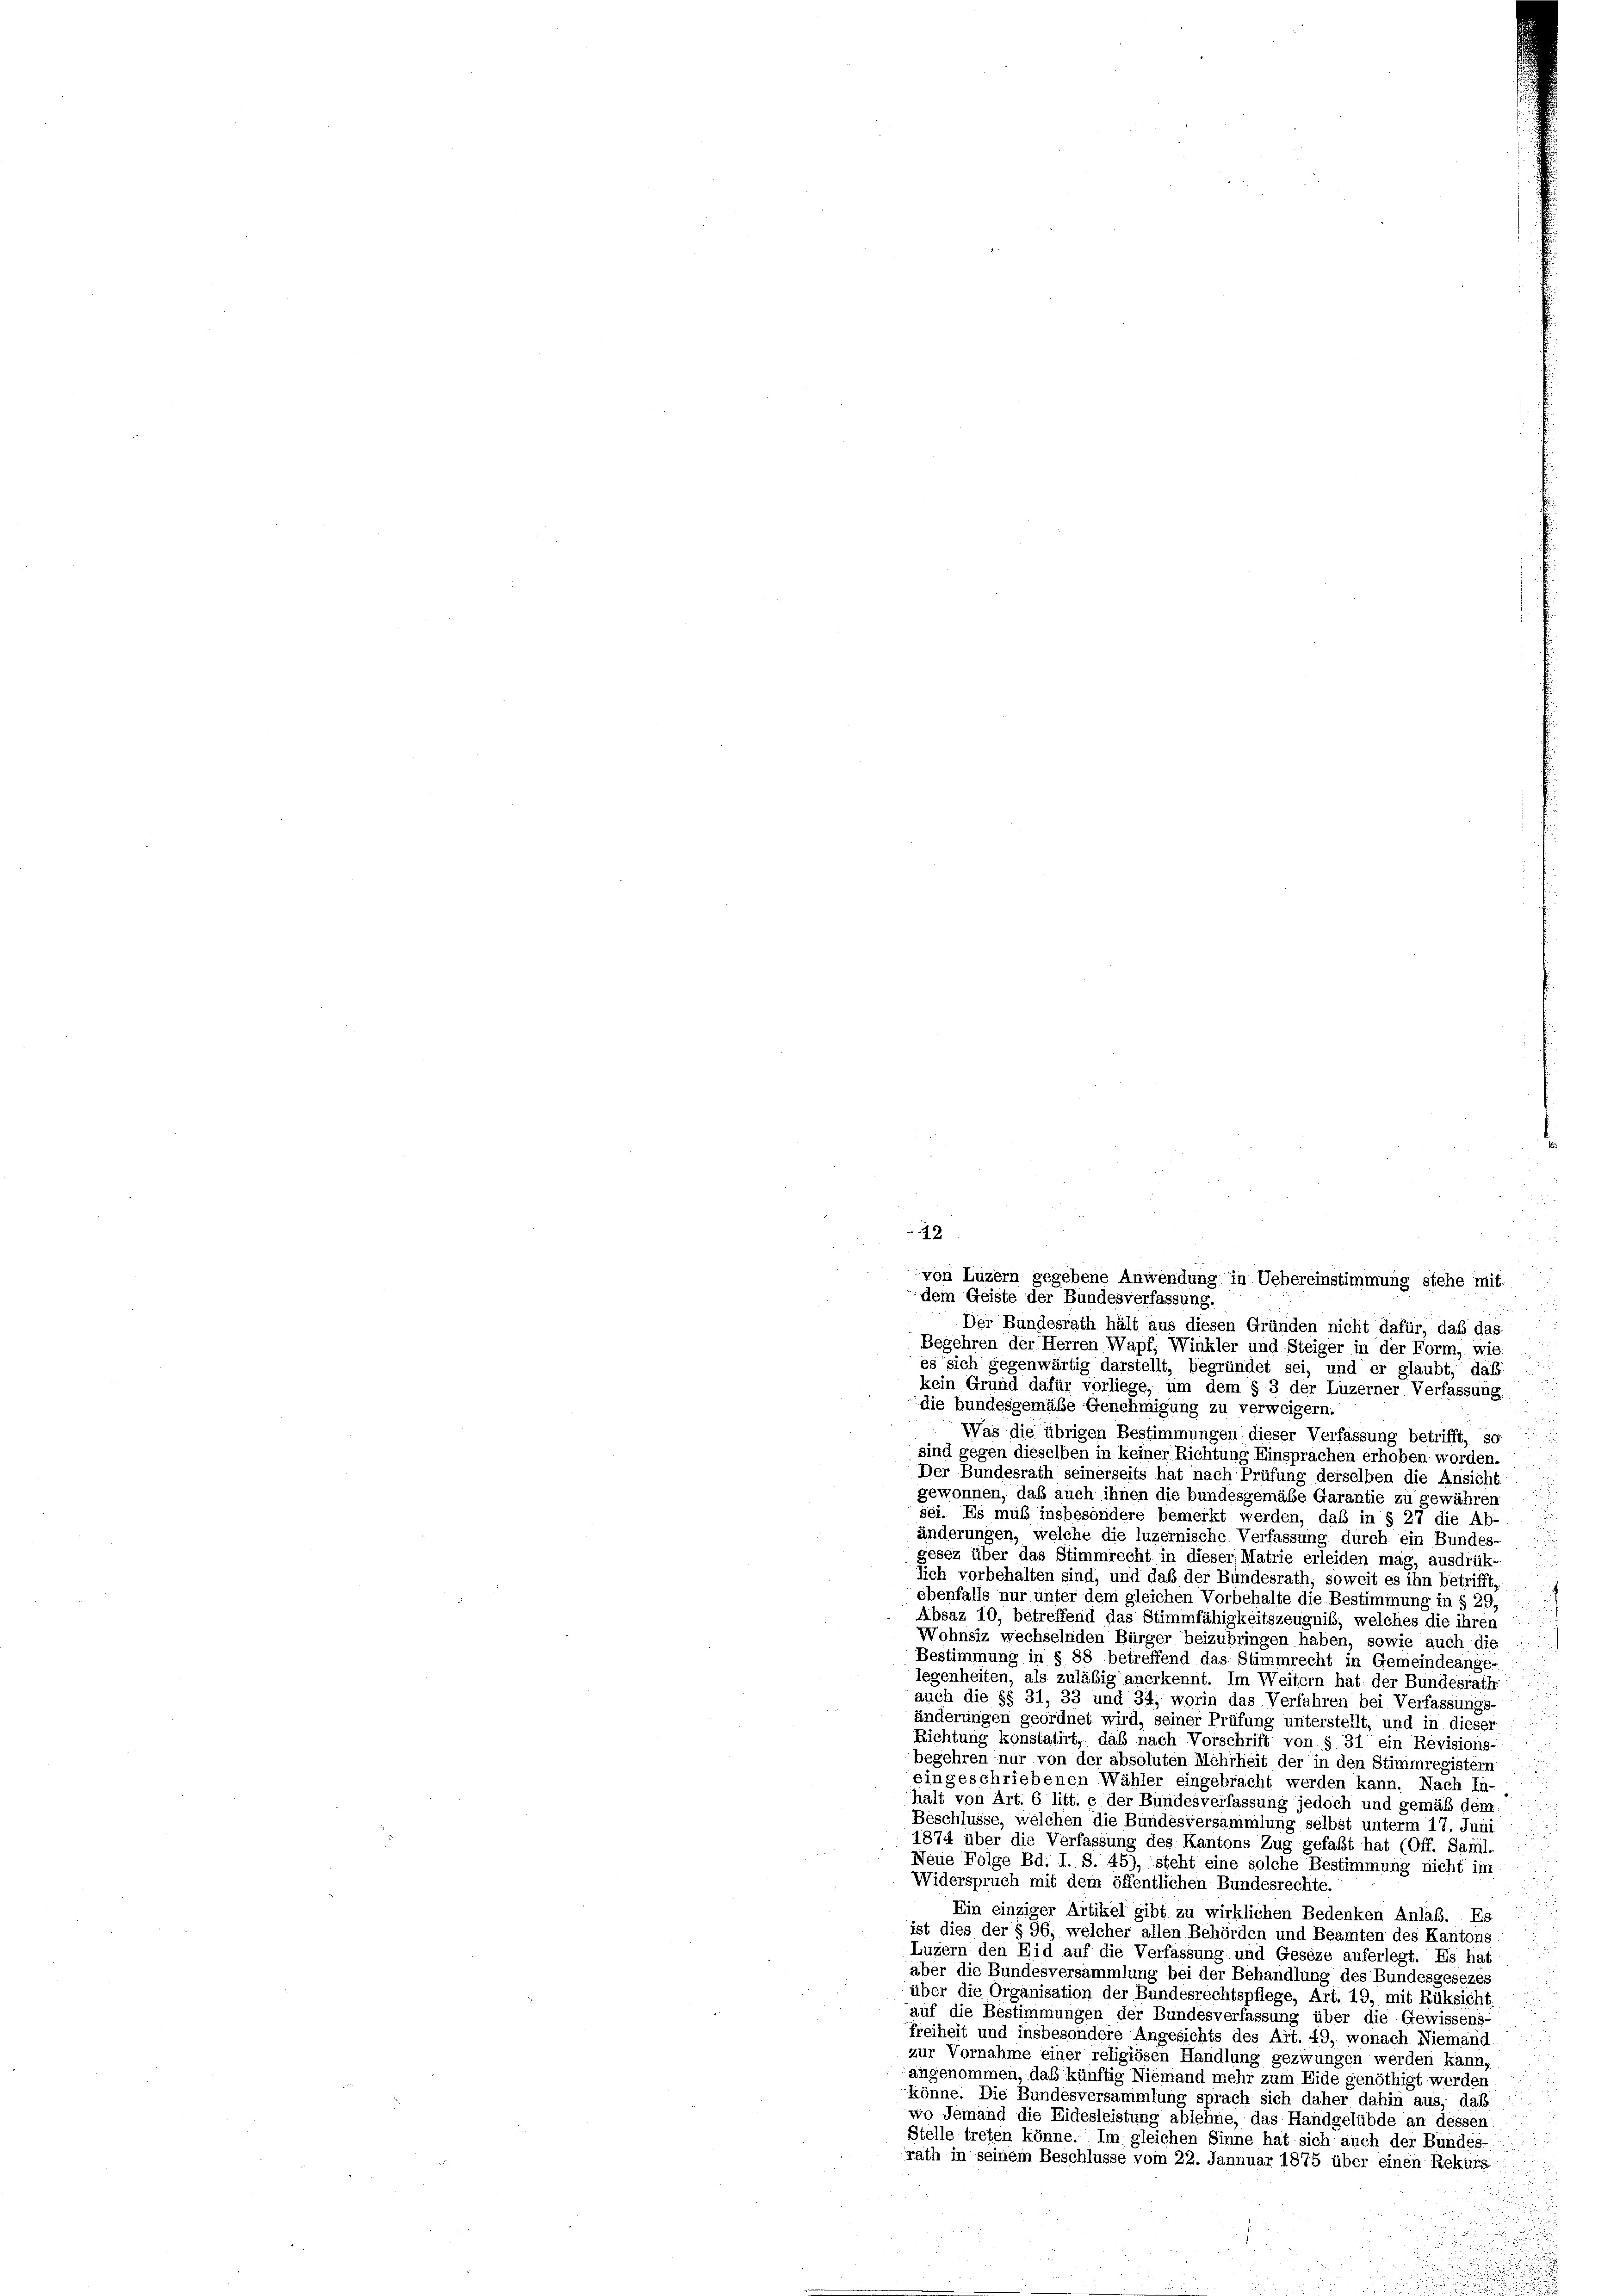
12

von Luzern gegebene Anwendung in Uebereinstimmung stehe mit
dem Geiste der Bundesverfassung.
Der Bundesrath hält aus diesen Gründen nicht dafür, daß das
Begehren der Herren Wapf, Winkler und Steiger in der Form, wie
es sich gegenwärtig darstellt, begründet sei, und er glaubt, das
kein Grund dafür vorliege, um dem § 3 der Luzerner Verfassung
die bundesgemäße Genehmigung zu verweigern.
Was die übrigen Bestimmungen dieser Verfassung betrifft, so
sind gegen dieselben in keiner Richtung Einsprachen erhoben worden.
Der Bundesrath seinerseits hat nach Prüfung derselben die Ansicht
ewonnen, daß auch ihnen die bundesgemäße Garantie zu gewährer
sei. Es muß insbesondere bemerkt werden, daß in § 27 die Ab-
änderungen, welche die luzernische Verfassung durch ein Bundes-
gesez über das Stimmrecht in dieser Matrie erleiden mag, ausdrük-
lich vorbehalten sind, und daß der Bundesrath, soweit es ihn betrifft,
ebenfalls nur unter dem gleichen Vorbehalte die Bestimmung in § 29,
Absaz 10, betreffend das Stimmfähigkeitszeugniß, welches die ihren
Wohnsiz wechselnden Bürger beizubringen haben, sowie auch die
Bestimmung in § 88 betreffend das Stimmrecht in Gemeindeange-
legenheiten, als zuläßig anerkennt. Im Weitern hat der Bundesrath
auch die §§ 31, 33 und 34, worin das Verfahren bei Verfassungs-
änderungen geordnet wird, seiner Prüfung unterstellt, und in dieser
Richtung konstatirt, daß nach Vorschrift von § 31 ein Revisions-
begehren nur von der absoluten Mehrheit der in den Stimmregistern
eingeschriebenen Wähler eingebracht werden kann. Nach In-
halt von Art. 6 litt. g der Bundesverfassung jedoch und gemäß dem
Beschlüsse, welchen die Bundesversammlung selbst unterm 17. Juni
1874 über die Verfassung des Kantons Zug gefaßt hat (Off. Sanl.
Neue Folge Bd. I. S. 45), steht eine solche Bestimmung nicht im
Widerspruch mit dem öffentlichen Bundesrechte.
Ein einziger Artikel gibt zu wirklichen Bedenken Anlaß. Es
ist dies der § 96, welcher allen Behörden und Beamten des Kantons
Luzern den Eid auf die Verfassung und Geseze auferlegt. Es hat
aber die Bundesversammlung bei der Behandlung des Bundesgesezes
über die Organisation der Bundesrechtspflege, Art. 19, mit Rüksicht
auf die Bestimmungen der Bundesverfassung über die Gewissens-
freiheit und insbesondere Angesichts des Art. 49, wonach Niemand
zur Vornahme einer religiösen Handlung gezwungen werden kann,
angenommen, daß künftig Niemand mehr zum Eide genöthigt werden.
könne. Die Bundesversammlung sprach sich daher dahin aus, daß
wo Jemand die Eidesleistung ablehne, das Handgelübde an dessen
Stelle treten könne. Im gleichen Sinne hat sich auch der Bundes-
rath in seinem Beschlüsse vom 22. Jannuar 1875 über einen Rekurs